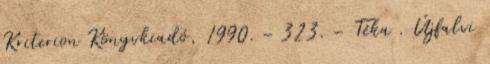
Kriterion Könyvkiadó, 1990. – 323. – Téka . Újfalvi